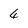
Character: 4